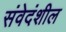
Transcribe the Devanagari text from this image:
संवेदंशील